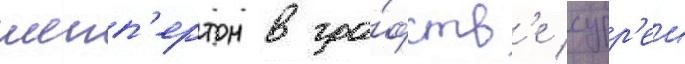
шепп'ертон в гра́фств'е сурр'еи